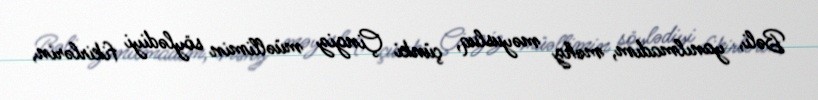
Bəli, yanılmadım, məhz məyusluq, çünki Çingiz müəllimin söylədiyi fikirlərin,